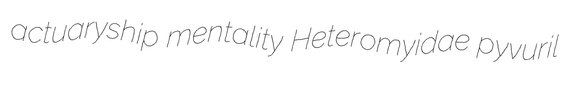
actuaryship mentality Heteromyidae pyvuril